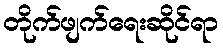
တိုက်ဖျက်ရေးဆိုင်ရာ